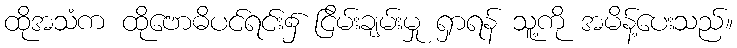
ထိုအသံက ထိုဗောဓိပင်ရင်း၌ ငြိမ်းချမ်းမှု ရှာရန် သူ့ကို အမိန့်ပေးသည်။